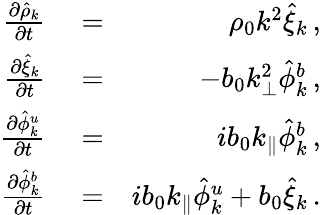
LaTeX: \begin{array}{rlr}{{\frac{\partial\hat{\rho}_{k}}{\partial t}}}&{{}=}&{\rho_{0}k^{2}\hat{\xi}_{k}\, ,}\\ {{\frac{\partial\hat{\xi}_{k}}{\partial t}}}&{{}=}&{-b_{0}k_{\perp}^{2}\hat{\phi}_{k}^{b}\, ,}\\ {{\frac{\partial\hat{\phi}_{k}^{u}}{\partial t}}}&{{}=}&{ib_{0}k_{\parallel}\hat{\phi}_{k}^{b}\, ,}\\ {{\frac{\partial\hat{\phi}_{k}^{b}}{\partial t}}}&{{}=}&{ib_{0}k_{\parallel}\hat{\phi}_{k}^{u}+b_{0}\hat{\xi}_{k}\, .}\end{array}